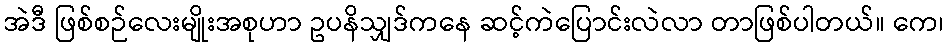
အဲဒီ ဖြစ်စဉ်လေးမျိုးအစုဟာ ဥပနိသျှဒ်ကနေ ဆင့်ကဲပြောင်းလဲလာ တာဖြစ်ပါတယ်။ ကေ၊